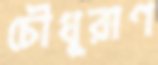
চৌধুরাণ